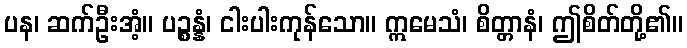
ပန၊ ဆက်ဦးအံ့။ ပဉ္စန္နံ၊ ငါးပါးကုန်သော။ ဣမေသံ၊ စိတ္တာနံ၊ ဤစိတ်တို့၏။